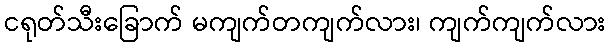
ငရုတ်သီးခြောက် မကျက်တကျက်လား၊ ကျက်ကျက်လား